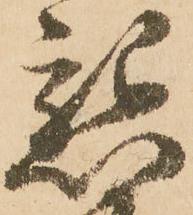
懇